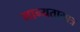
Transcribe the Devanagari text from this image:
मान्यतामात्र